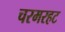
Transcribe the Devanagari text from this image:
चरमरहट